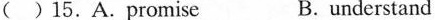
( )15.A.Promise B. Understand